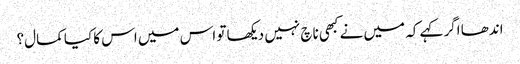
اندھا اگر کہے کہ میں نے کبھی ناچ نہیں دیکھا تو اس میں اس کا کیا کمال؟